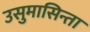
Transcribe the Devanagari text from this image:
उसुमासिन्ता